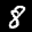
Label: 8